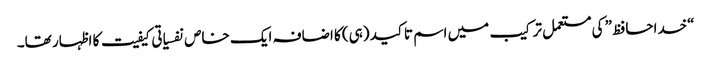
“خداحافظ” کی مستعمل ترکیب میں اسم تاکید (ہی) کا اضافہ ایک خاص نفسیاتی کیفیت کا اظہار تھا۔